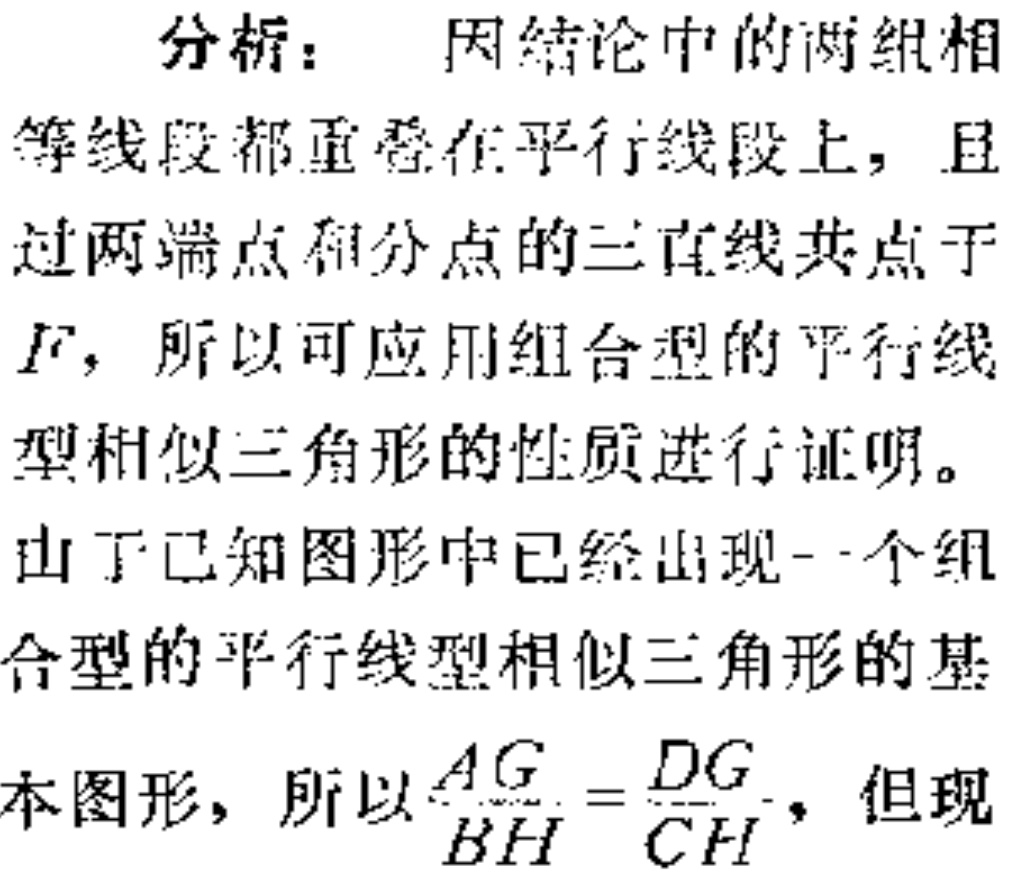
分析： 因结论中的两组相
等线段都重叠在平行线段上，且
过两端点和分点的三直线共点于
\(F\)，所以可应用组合型的平行线
型相似三角形的性质进行证明。
由于已知图形中已经出现一个组
合型的平行线型相似三角形的基
本图形，所以\(\frac{AG}{BH}=\frac{DG}{CH}\)，但现